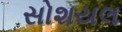
સોશયલ